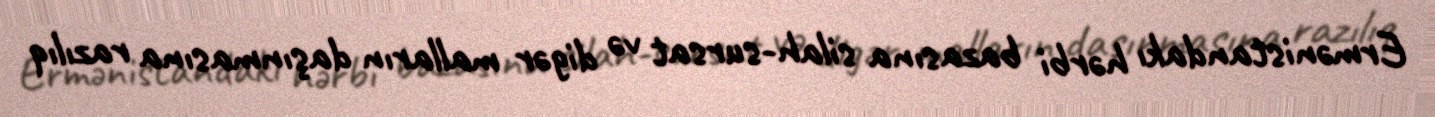
Ermənistandakı hərbi bazasına silah-sursat və digər malların daşınmasına razılıq